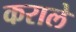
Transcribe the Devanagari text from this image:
कराले